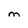
Character: M